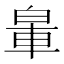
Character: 𨋧